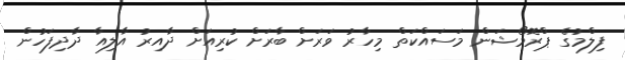
ފިލްމުގެ ޕްރޮމޯޝަން މަސައްކަތް މިހާރު ވަރަށް ބާރަށް ކުރިއަށް ދާއިރު އާލިއާ ދާދިފަހުން